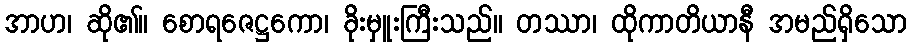
အာဟ၊ ဆို၏။ စောရဇေဋ္ဌကော၊ ခိုးမှူးကြီးသည်။ တဿာ၊ ထိုကာတိယာနီ အမည်ရှိသော